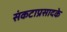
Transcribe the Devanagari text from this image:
संकटाप्रसादके